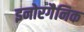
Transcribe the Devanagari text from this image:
इनोरगैनिक